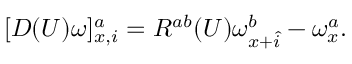
[ { \cal D } ( U ) \omega ] _ { x , i } ^ { a } = R ^ { a b } ( U ) \omega _ { x + \hat { i } } ^ { b } - \omega _ { x } ^ { a } .